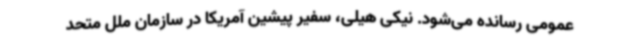
عمومی رسانده می‌شود. نیکی هیلی، سفیر پیشین آمریکا در سازمان ملل متحد